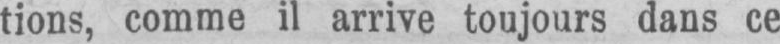
tions, comme il arrive toujours dans ce